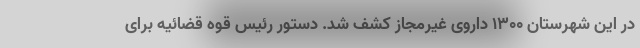
در این شهرستان ۱۳۰۰ داروی غیرمجاز کشف شد. دستور رئیس قوه قضائیه برای